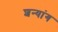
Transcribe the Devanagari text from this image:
शन्यांग